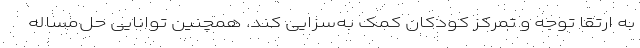
به ارتقا توجه و تمرکز کودکان کمک به‌سزایی کند. همچنین توانایی حل‌مساله